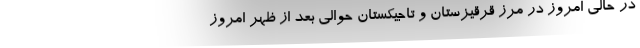
در حالی امروز در مرز قرقیزستان و تاجیکستان حوالی بعد از ظهر امروز